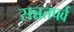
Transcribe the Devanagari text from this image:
सन्नतपर्व